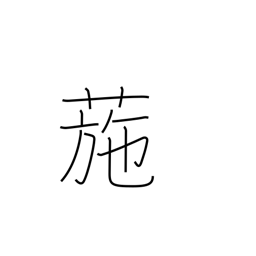
Meaning: cocklebur